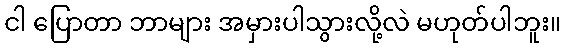
ငါ ပြောတာ ဘာများ အမှားပါသွားလို့လဲ မဟုတ်ပါဘူး။